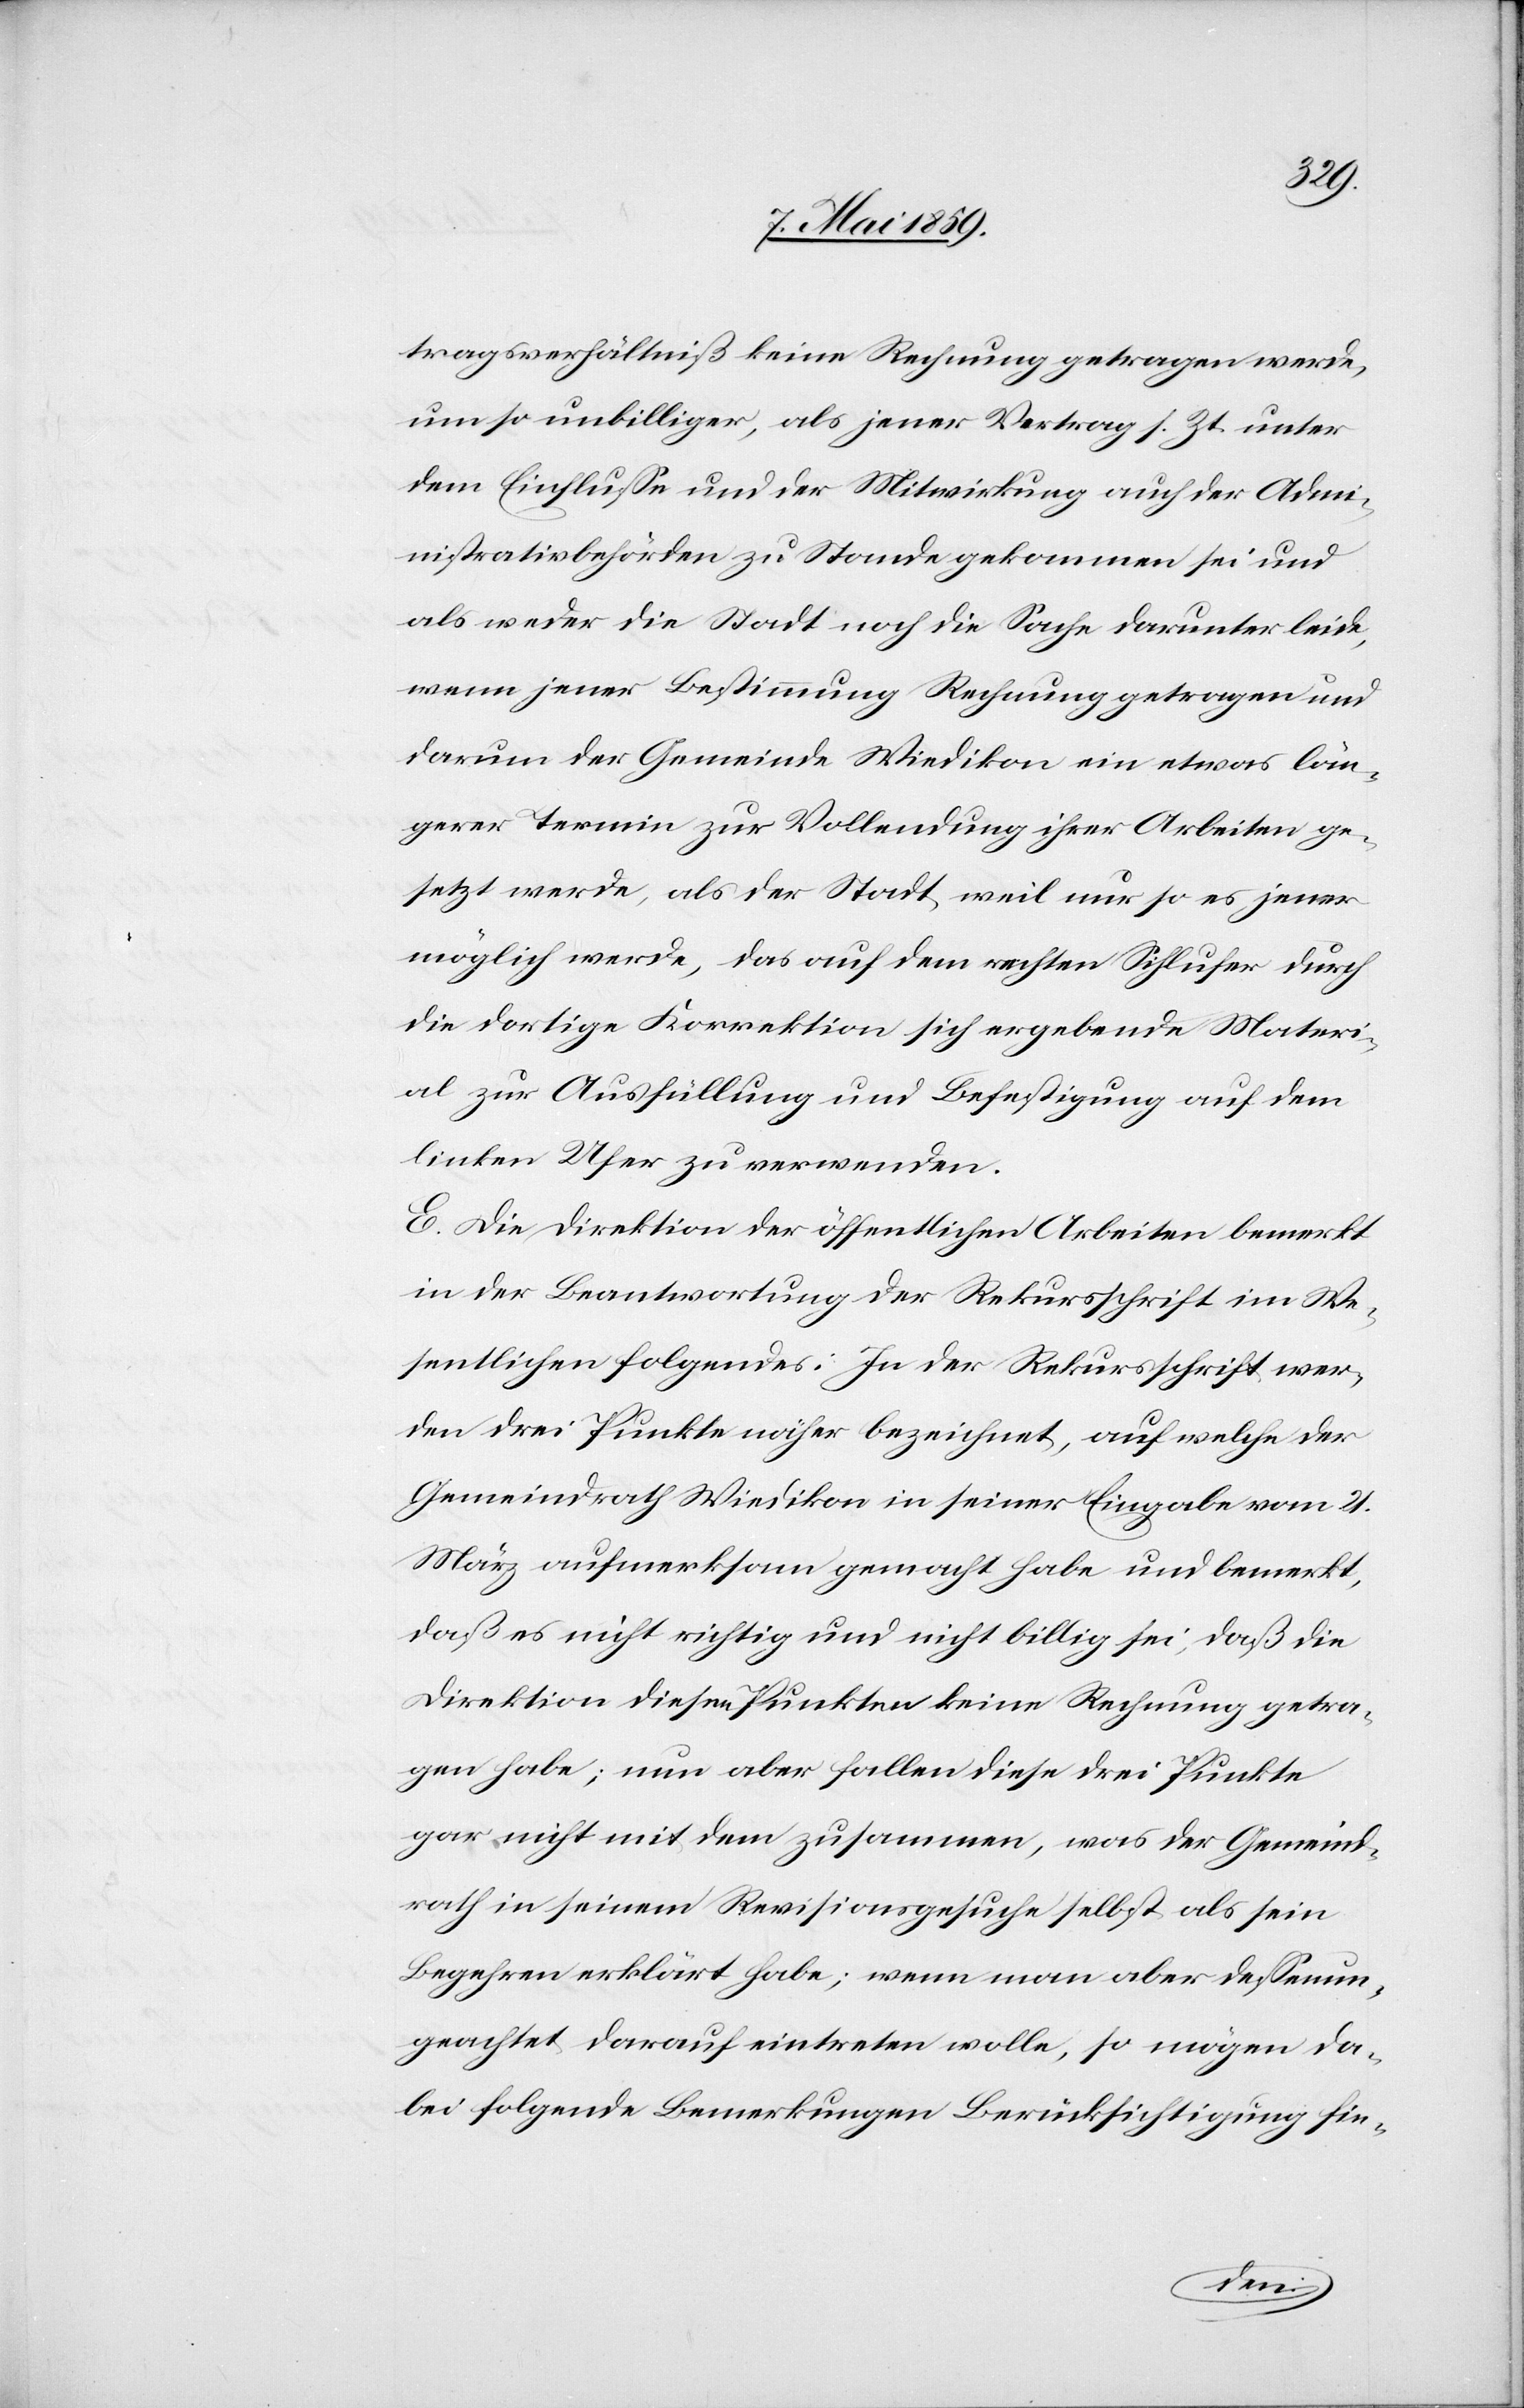
tragsverhältniß keine Rechnung getragen werde,
um so unbilliger, als jener Vertrag s. Zt. unter
dem Einfluße und der Mitwirkung auch der Adm¬
inistrativbehörden zu Stande gekommen sei und
als weder die Stadt noch die Sache darunter leide,
wenn jener Bestimmung Rechnung getragen und
darum der Gemeinde Wiedikon ein etwas län¬
gerer Termin zur Vollendung ihrer Arbeiten ge¬
setzt werde, als der Stadt, weil nur so es jener
möglich werde, das auf dem rechten Sihlufer durch
die dortige Korrektion sich ergebende Materi¬
al zur Ausfüllung und Befestigung auf dem
linken Ufer zu verwenden.
E. Die Direktion der öffentlichen Arbeiten bemerkt
in der Beantwortung der Rekursschrift im We¬
sentlichen folgendes: In der Rekursschrift wer¬
den drei Punkte näher bezeichnet, auf welche der
Gemeindrath Wiedikon in seiner Eingabe vom 21.
März aufmerksam gemacht habe und bemerkt,
daß es nicht richtig und nicht billig sei, daß die
Direktion diesen Punkten keine Rechnung getra¬
gen habe; nun aber fallen diese drei Punkte
gar nicht mit dem zusammen, was der Gemeind¬
rath in seinem Revisionsgesuche selbst als sein
Begehren erklärt habe; wenn man aber deßenun¬
geachtet darauf eintreten wolle, so mögen da¬
bei folgende Bemerkungen Berücksichtigung fin-